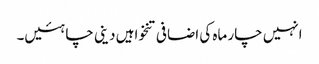
انہیں چار ماہ کی اضافی تنخواہیں دینی چاہئیں۔